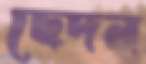
ছেদন